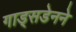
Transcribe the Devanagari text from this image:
गाड्सडेनने